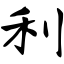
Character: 利